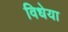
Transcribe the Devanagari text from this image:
विधेया